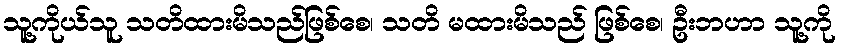
သူ့ကိုယ်သူ သတိထားမိသည်ဖြစ်စေ၊ သတိ မထားမိသည် ဖြစ်စေ၊ ဦးဘဟာ သူ့ကို